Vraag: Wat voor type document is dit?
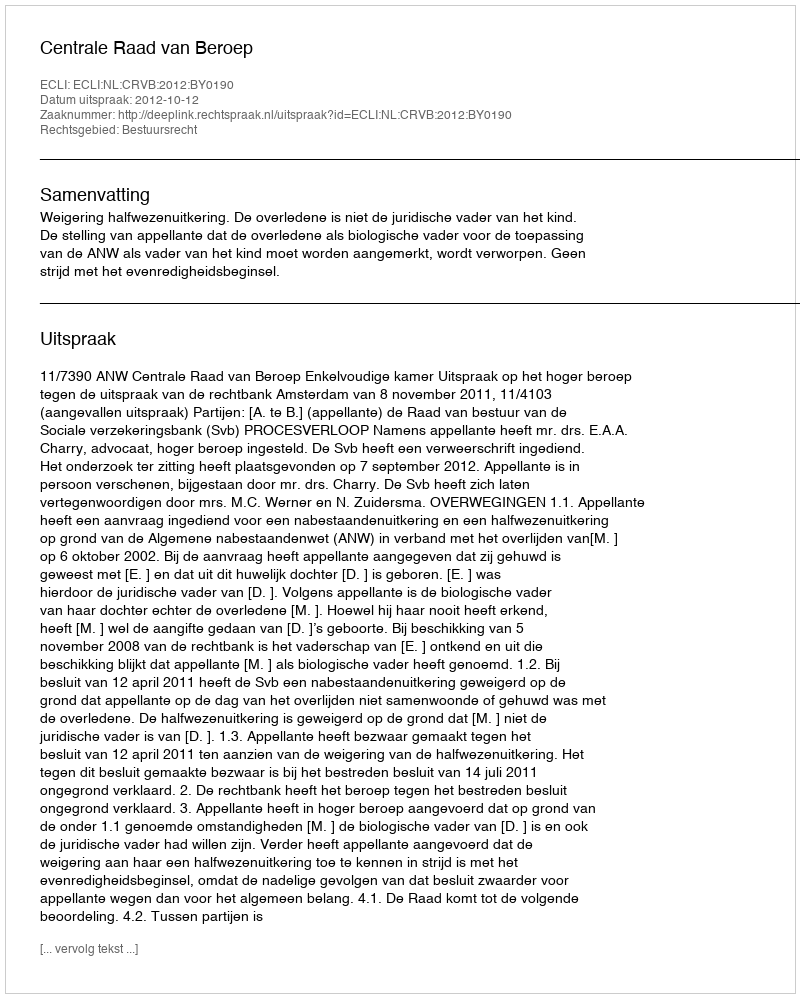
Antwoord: Uitspraak